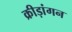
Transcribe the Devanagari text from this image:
क्रीड़ांगन